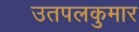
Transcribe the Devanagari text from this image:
उतपलकुमार